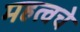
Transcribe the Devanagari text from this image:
महत्वचे